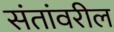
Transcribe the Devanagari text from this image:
संतांवरील